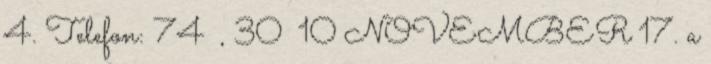
4. Telefon: 74 , 30 10 NOVEMBER 17. a